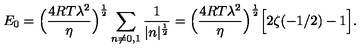
E _ { 0 } = \Bigl ( { \frac { 4 R T \lambda ^ { 2 } } { \eta } } \Bigr ) ^ { { \frac { 1 } { 2 } } } \sum _ { n \neq 0 , 1 } { \frac { 1 } { | n | ^ { { \frac { 1 } { 2 } } } } } = \Bigl ( { \frac { 4 R T \lambda ^ { 2 } } { \eta } } \Bigr ) ^ { { \frac { 1 } { 2 } } } \Bigl [ 2 \zeta ( - 1 / 2 ) - 1 \Bigr ] .